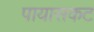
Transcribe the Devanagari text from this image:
पायासकट